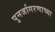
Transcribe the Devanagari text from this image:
पुनर्जागरणाच्या